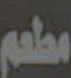
مطعم